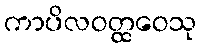
ကာပိလဝတ္ထဝေသု